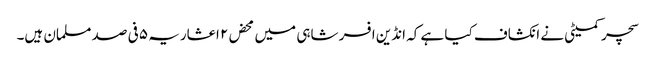
سچر کمیٹی نے انکشاف کیا ہے کہ انڈین افسر شاہی میں محض۲ اعشاریہ ۵ فی صد مسلمان ہیں۔